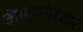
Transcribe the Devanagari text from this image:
अंमळनेरकर